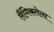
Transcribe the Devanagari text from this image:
लैंगिकतेला